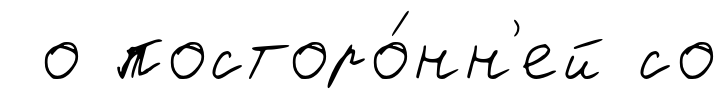
о посторо́нн'ей со